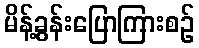
မိန့်ခွန်းပြောကြားစဉ်